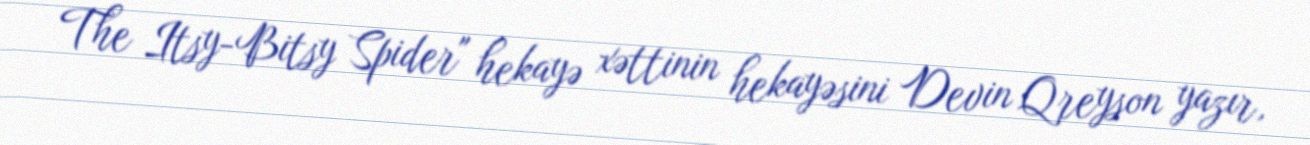
The Itsy-Bitsy Spider" hekayə xəttinin hekayəsini Devin Qreyson yazır,